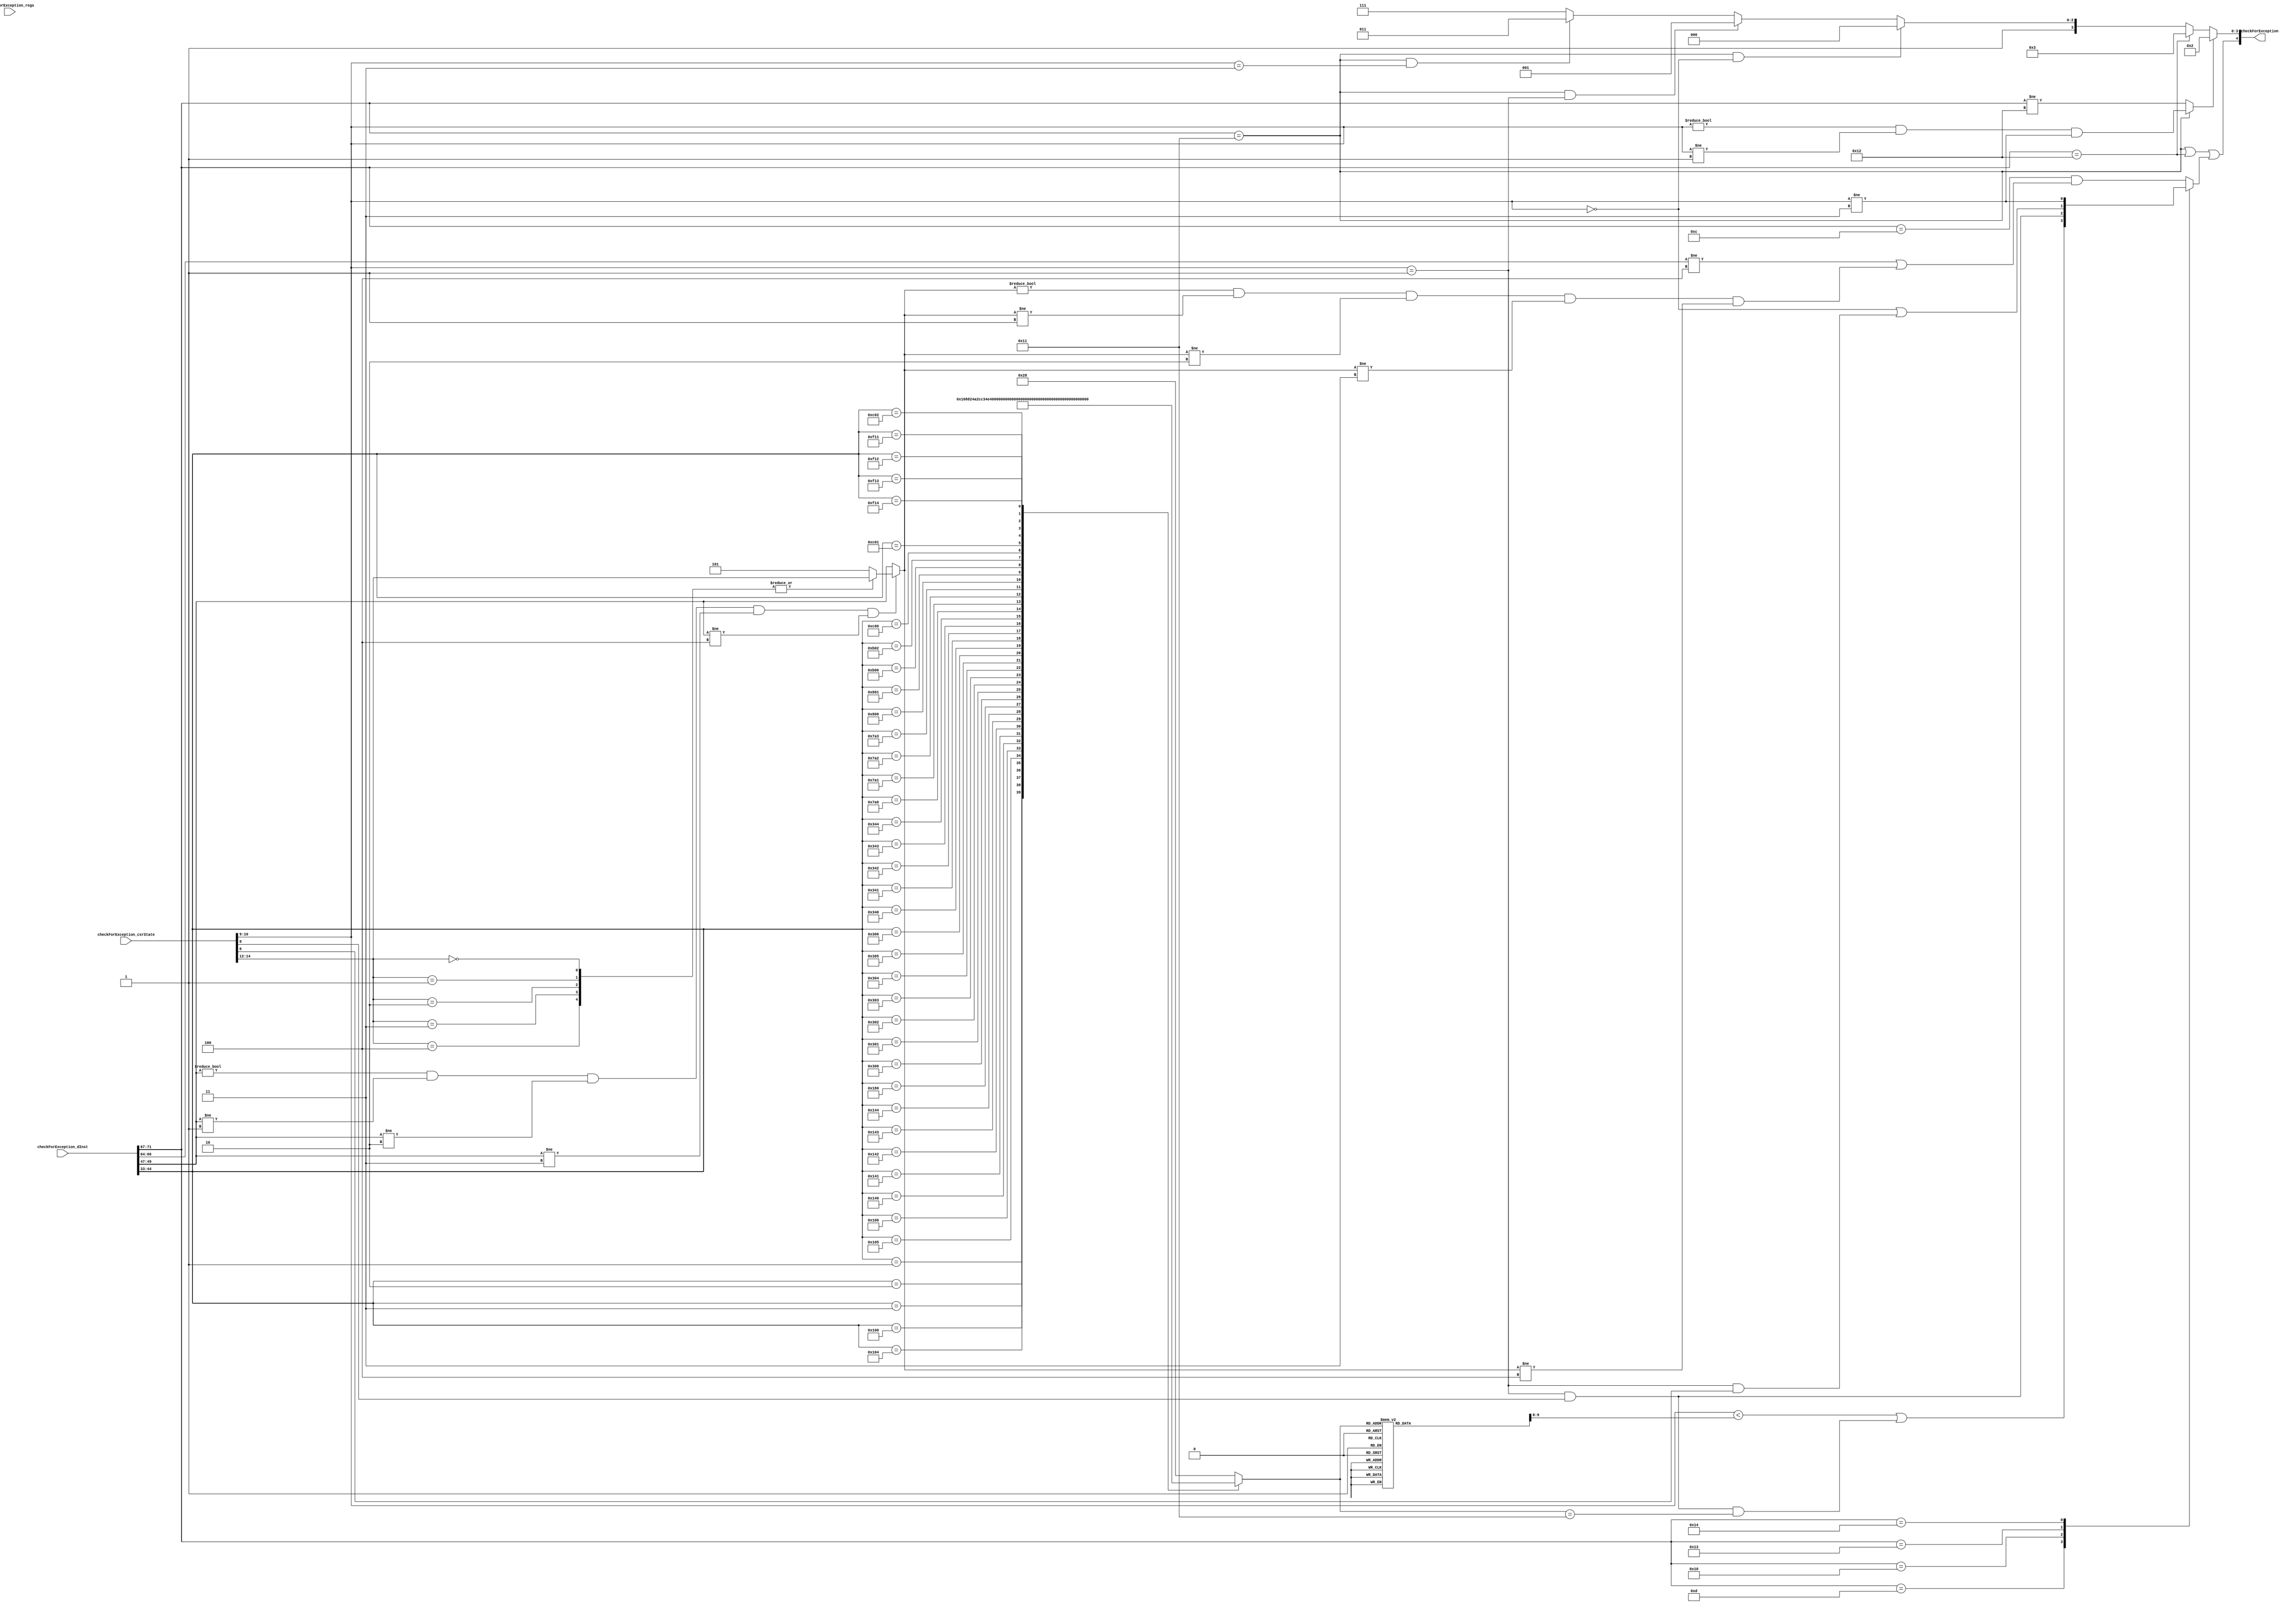
//
// Generated by Bluespec Compiler, version 2019.05.beta2 (build a88bf40db, 2019-05-24)
//
//
//
//
// Ports:
// Name                         I/O  size props
// checkForException              O     5
// checkForException_dInst        I    72
// checkForException_regs         I    27 unused
// checkForException_csrState     I    15
//
// Combinational paths from inputs to outputs:
//   (checkForException_dInst, checkForException_csrState) -> checkForException
//
//

`ifdef BSV_ASSIGNMENT_DELAY
`else
  `define BSV_ASSIGNMENT_DELAY
`endif

`ifdef BSV_POSITIVE_RESET
  `define BSV_RESET_VALUE 1'b1
  `define BSV_RESET_EDGE posedge
`else
  `define BSV_RESET_VALUE 1'b0
  `define BSV_RESET_EDGE negedge
`endif

module module_checkForException(checkForException_dInst,
				checkForException_regs,
				checkForException_csrState,
				checkForException);
  // value method checkForException
  input  [71 : 0] checkForException_dInst;
  input  [26 : 0] checkForException_regs;
  input  [14 : 0] checkForException_csrState;
  output [4 : 0] checkForException;

  // signals for module outputs
  wire [4 : 0] checkForException;

  // remaining internal signals
  reg [11 : 0] CASE_IF_checkForException_dInst_BIT_45_8_THEN__ETC__q2;
  reg [5 : 0] IF_checkForException_dInst_BIT_45_8_THEN_IF_ch_ETC___d100;
  reg [2 : 0] CASE_checkForException_csrState_BITS_14_TO_12__ETC__q1;
  reg IF_checkForException_dInst_BITS_71_TO_67_EQ_20_ETC___d235;
  wire [2 : 0] IF_NOT_checkForException_dInst_BITS_49_TO_47_8_ETC___d215;

  // value method checkForException
  assign checkForException =
	     { checkForException_dInst[71:67] == 5'd17 ||
	       checkForException_dInst[71:67] == 5'd18 ||
	       IF_checkForException_dInst_BITS_71_TO_67_EQ_20_ETC___d235,
	       ((checkForException_dInst[71:67] == 5'd17) ?
		  checkForException_csrState[10:9] != 2'd0 &&
		  checkForException_csrState[10:9] != 2'd1 &&
		  checkForException_csrState[10:9] != 2'd3 :
		  checkForException_dInst[71:67] != 5'd18) ?
		 4'd2 :
		 ((checkForException_dInst[71:67] == 5'd18) ?
		    4'd3 :
		    ((checkForException_dInst[71:67] == 5'd17 &&
		      checkForException_csrState[10:9] == 2'd0) ?
		       4'd8 :
		       ((checkForException_dInst[71:67] == 5'd17 &&
			 checkForException_csrState[10:9] == 2'd1) ?
			  4'd9 :
			  ((checkForException_dInst[71:67] == 5'd17 &&
			    checkForException_csrState[10:9] == 2'd3) ?
			     4'd11 :
			     4'd15)))) } ;

  // remaining internal signals
  assign IF_NOT_checkForException_dInst_BITS_49_TO_47_8_ETC___d215 =
	     (checkForException_dInst[49:47] != 3'd0 &&
	      checkForException_dInst[49:47] != 3'd1 &&
	      checkForException_dInst[49:47] != 3'd2 &&
	      checkForException_dInst[49:47] != 3'd3 &&
	      checkForException_dInst[49:47] != 3'd4) ?
	       CASE_checkForException_csrState_BITS_14_TO_12__ETC__q1 :
	       checkForException_dInst[49:47] ;
  always@(checkForException_dInst)
  begin
    case (checkForException_dInst[44:33])
      12'd1: IF_checkForException_dInst_BIT_45_8_THEN_IF_ch_ETC___d100 = 6'd0;
      12'd2: IF_checkForException_dInst_BIT_45_8_THEN_IF_ch_ETC___d100 = 6'd1;
      12'd3: IF_checkForException_dInst_BIT_45_8_THEN_IF_ch_ETC___d100 = 6'd2;
      12'd256:
	  IF_checkForException_dInst_BIT_45_8_THEN_IF_ch_ETC___d100 = 6'd8;
      12'd260:
	  IF_checkForException_dInst_BIT_45_8_THEN_IF_ch_ETC___d100 = 6'd9;
      12'd261:
	  IF_checkForException_dInst_BIT_45_8_THEN_IF_ch_ETC___d100 = 6'd10;
      12'd262:
	  IF_checkForException_dInst_BIT_45_8_THEN_IF_ch_ETC___d100 = 6'd11;
      12'd320:
	  IF_checkForException_dInst_BIT_45_8_THEN_IF_ch_ETC___d100 = 6'd12;
      12'd321:
	  IF_checkForException_dInst_BIT_45_8_THEN_IF_ch_ETC___d100 = 6'd13;
      12'd322:
	  IF_checkForException_dInst_BIT_45_8_THEN_IF_ch_ETC___d100 = 6'd14;
      12'd323:
	  IF_checkForException_dInst_BIT_45_8_THEN_IF_ch_ETC___d100 = 6'd15;
      12'd324:
	  IF_checkForException_dInst_BIT_45_8_THEN_IF_ch_ETC___d100 = 6'd16;
      12'd384:
	  IF_checkForException_dInst_BIT_45_8_THEN_IF_ch_ETC___d100 = 6'd17;
      12'd768:
	  IF_checkForException_dInst_BIT_45_8_THEN_IF_ch_ETC___d100 = 6'd18;
      12'd769:
	  IF_checkForException_dInst_BIT_45_8_THEN_IF_ch_ETC___d100 = 6'd19;
      12'd770:
	  IF_checkForException_dInst_BIT_45_8_THEN_IF_ch_ETC___d100 = 6'd20;
      12'd771:
	  IF_checkForException_dInst_BIT_45_8_THEN_IF_ch_ETC___d100 = 6'd21;
      12'd772:
	  IF_checkForException_dInst_BIT_45_8_THEN_IF_ch_ETC___d100 = 6'd22;
      12'd773:
	  IF_checkForException_dInst_BIT_45_8_THEN_IF_ch_ETC___d100 = 6'd23;
      12'd774:
	  IF_checkForException_dInst_BIT_45_8_THEN_IF_ch_ETC___d100 = 6'd24;
      12'd832:
	  IF_checkForException_dInst_BIT_45_8_THEN_IF_ch_ETC___d100 = 6'd25;
      12'd833:
	  IF_checkForException_dInst_BIT_45_8_THEN_IF_ch_ETC___d100 = 6'd26;
      12'd834:
	  IF_checkForException_dInst_BIT_45_8_THEN_IF_ch_ETC___d100 = 6'd27;
      12'd835:
	  IF_checkForException_dInst_BIT_45_8_THEN_IF_ch_ETC___d100 = 6'd28;
      12'd836:
	  IF_checkForException_dInst_BIT_45_8_THEN_IF_ch_ETC___d100 = 6'd29;
      12'd1952:
	  IF_checkForException_dInst_BIT_45_8_THEN_IF_ch_ETC___d100 = 6'd36;
      12'd1953:
	  IF_checkForException_dInst_BIT_45_8_THEN_IF_ch_ETC___d100 = 6'd37;
      12'd1954:
	  IF_checkForException_dInst_BIT_45_8_THEN_IF_ch_ETC___d100 = 6'd38;
      12'd1955:
	  IF_checkForException_dInst_BIT_45_8_THEN_IF_ch_ETC___d100 = 6'd39;
      12'd2048:
	  IF_checkForException_dInst_BIT_45_8_THEN_IF_ch_ETC___d100 = 6'd6;
      12'd2049:
	  IF_checkForException_dInst_BIT_45_8_THEN_IF_ch_ETC___d100 = 6'd7;
      12'd2816:
	  IF_checkForException_dInst_BIT_45_8_THEN_IF_ch_ETC___d100 = 6'd30;
      12'd2818:
	  IF_checkForException_dInst_BIT_45_8_THEN_IF_ch_ETC___d100 = 6'd31;
      12'd3072:
	  IF_checkForException_dInst_BIT_45_8_THEN_IF_ch_ETC___d100 = 6'd3;
      12'd3073:
	  IF_checkForException_dInst_BIT_45_8_THEN_IF_ch_ETC___d100 = 6'd4;
      12'd3074:
	  IF_checkForException_dInst_BIT_45_8_THEN_IF_ch_ETC___d100 = 6'd5;
      12'd3857:
	  IF_checkForException_dInst_BIT_45_8_THEN_IF_ch_ETC___d100 = 6'd32;
      12'd3858:
	  IF_checkForException_dInst_BIT_45_8_THEN_IF_ch_ETC___d100 = 6'd33;
      12'd3859:
	  IF_checkForException_dInst_BIT_45_8_THEN_IF_ch_ETC___d100 = 6'd34;
      12'd3860:
	  IF_checkForException_dInst_BIT_45_8_THEN_IF_ch_ETC___d100 = 6'd35;
      default: IF_checkForException_dInst_BIT_45_8_THEN_IF_ch_ETC___d100 =
		   6'd40;
    endcase
  end
  always@(checkForException_csrState)
  begin
    case (checkForException_csrState[14:12])
      3'd0, 3'd1, 3'd2, 3'd3, 3'd4:
	  CASE_checkForException_csrState_BITS_14_TO_12__ETC__q1 =
	      checkForException_csrState[14:12];
      default: CASE_checkForException_csrState_BITS_14_TO_12__ETC__q1 = 3'd5;
    endcase
  end
  always@(IF_checkForException_dInst_BIT_45_8_THEN_IF_ch_ETC___d100)
  begin
    case (IF_checkForException_dInst_BIT_45_8_THEN_IF_ch_ETC___d100)
      6'd0: CASE_IF_checkForException_dInst_BIT_45_8_THEN__ETC__q2 = 12'd1;
      6'd1: CASE_IF_checkForException_dInst_BIT_45_8_THEN__ETC__q2 = 12'd2;
      6'd2: CASE_IF_checkForException_dInst_BIT_45_8_THEN__ETC__q2 = 12'd3;
      6'd3: CASE_IF_checkForException_dInst_BIT_45_8_THEN__ETC__q2 = 12'd3072;
      6'd4: CASE_IF_checkForException_dInst_BIT_45_8_THEN__ETC__q2 = 12'd3073;
      6'd5: CASE_IF_checkForException_dInst_BIT_45_8_THEN__ETC__q2 = 12'd3074;
      6'd6: CASE_IF_checkForException_dInst_BIT_45_8_THEN__ETC__q2 = 12'd2048;
      6'd7: CASE_IF_checkForException_dInst_BIT_45_8_THEN__ETC__q2 = 12'd2049;
      6'd8: CASE_IF_checkForException_dInst_BIT_45_8_THEN__ETC__q2 = 12'd256;
      6'd9: CASE_IF_checkForException_dInst_BIT_45_8_THEN__ETC__q2 = 12'd260;
      6'd10: CASE_IF_checkForException_dInst_BIT_45_8_THEN__ETC__q2 = 12'd261;
      6'd11: CASE_IF_checkForException_dInst_BIT_45_8_THEN__ETC__q2 = 12'd262;
      6'd12: CASE_IF_checkForException_dInst_BIT_45_8_THEN__ETC__q2 = 12'd320;
      6'd13: CASE_IF_checkForException_dInst_BIT_45_8_THEN__ETC__q2 = 12'd321;
      6'd14: CASE_IF_checkForException_dInst_BIT_45_8_THEN__ETC__q2 = 12'd322;
      6'd15: CASE_IF_checkForException_dInst_BIT_45_8_THEN__ETC__q2 = 12'd323;
      6'd16: CASE_IF_checkForException_dInst_BIT_45_8_THEN__ETC__q2 = 12'd324;
      6'd17: CASE_IF_checkForException_dInst_BIT_45_8_THEN__ETC__q2 = 12'd384;
      6'd18: CASE_IF_checkForException_dInst_BIT_45_8_THEN__ETC__q2 = 12'd768;
      6'd19: CASE_IF_checkForException_dInst_BIT_45_8_THEN__ETC__q2 = 12'd769;
      6'd20: CASE_IF_checkForException_dInst_BIT_45_8_THEN__ETC__q2 = 12'd770;
      6'd21: CASE_IF_checkForException_dInst_BIT_45_8_THEN__ETC__q2 = 12'd771;
      6'd22: CASE_IF_checkForException_dInst_BIT_45_8_THEN__ETC__q2 = 12'd772;
      6'd23: CASE_IF_checkForException_dInst_BIT_45_8_THEN__ETC__q2 = 12'd773;
      6'd24: CASE_IF_checkForException_dInst_BIT_45_8_THEN__ETC__q2 = 12'd774;
      6'd25: CASE_IF_checkForException_dInst_BIT_45_8_THEN__ETC__q2 = 12'd832;
      6'd26: CASE_IF_checkForException_dInst_BIT_45_8_THEN__ETC__q2 = 12'd833;
      6'd27: CASE_IF_checkForException_dInst_BIT_45_8_THEN__ETC__q2 = 12'd834;
      6'd28: CASE_IF_checkForException_dInst_BIT_45_8_THEN__ETC__q2 = 12'd835;
      6'd29: CASE_IF_checkForException_dInst_BIT_45_8_THEN__ETC__q2 = 12'd836;
      6'd30:
	  CASE_IF_checkForException_dInst_BIT_45_8_THEN__ETC__q2 = 12'd2816;
      6'd31:
	  CASE_IF_checkForException_dInst_BIT_45_8_THEN__ETC__q2 = 12'd2818;
      6'd32:
	  CASE_IF_checkForException_dInst_BIT_45_8_THEN__ETC__q2 = 12'd3857;
      6'd33:
	  CASE_IF_checkForException_dInst_BIT_45_8_THEN__ETC__q2 = 12'd3858;
      6'd34:
	  CASE_IF_checkForException_dInst_BIT_45_8_THEN__ETC__q2 = 12'd3859;
      6'd35:
	  CASE_IF_checkForException_dInst_BIT_45_8_THEN__ETC__q2 = 12'd3860;
      6'd36:
	  CASE_IF_checkForException_dInst_BIT_45_8_THEN__ETC__q2 = 12'd1952;
      6'd37:
	  CASE_IF_checkForException_dInst_BIT_45_8_THEN__ETC__q2 = 12'd1953;
      6'd38:
	  CASE_IF_checkForException_dInst_BIT_45_8_THEN__ETC__q2 = 12'd1954;
      6'd39:
	  CASE_IF_checkForException_dInst_BIT_45_8_THEN__ETC__q2 = 12'd1955;
      default: CASE_IF_checkForException_dInst_BIT_45_8_THEN__ETC__q2 =
		   12'd2303;
    endcase
  end
  always@(checkForException_dInst or
	  IF_NOT_checkForException_dInst_BITS_49_TO_47_8_ETC___d215 or
	  checkForException_csrState or
	  CASE_IF_checkForException_dInst_BIT_45_8_THEN__ETC__q2 or
	  IF_checkForException_dInst_BIT_45_8_THEN_IF_ch_ETC___d100)
  begin
    case (checkForException_dInst[71:67])
      5'd13:
	  IF_checkForException_dInst_BITS_71_TO_67_EQ_20_ETC___d235 =
	      checkForException_csrState[10:9] <
	      CASE_IF_checkForException_dInst_BIT_45_8_THEN__ETC__q2[9:8] ||
	      checkForException_csrState[10:9] == 2'd1 &&
	      checkForException_csrState[8] &&
	      IF_checkForException_dInst_BIT_45_8_THEN_IF_ch_ETC___d100 ==
	      6'd17;
      5'd16:
	  IF_checkForException_dInst_BITS_71_TO_67_EQ_20_ETC___d235 =
	      checkForException_csrState[10:9] == 2'd1 &&
	      checkForException_csrState[8];
      5'd19:
	  IF_checkForException_dInst_BITS_71_TO_67_EQ_20_ETC___d235 =
	      checkForException_csrState[10:9] == 2'd0 ||
	      checkForException_csrState[10:9] == 2'd1 &&
	      checkForException_csrState[6];
      5'd20:
	  IF_checkForException_dInst_BITS_71_TO_67_EQ_20_ETC___d235 =
	      checkForException_csrState[10:9] != 2'd3;
      default: IF_checkForException_dInst_BITS_71_TO_67_EQ_20_ETC___d235 =
		   checkForException_dInst[71:67] == 5'd12 &&
		   (checkForException_dInst[66:64] != 3'd4 ||
		    IF_NOT_checkForException_dInst_BITS_49_TO_47_8_ETC___d215 !=
		    3'd0 &&
		    IF_NOT_checkForException_dInst_BITS_49_TO_47_8_ETC___d215 !=
		    3'd1 &&
		    IF_NOT_checkForException_dInst_BITS_49_TO_47_8_ETC___d215 !=
		    3'd2 &&
		    IF_NOT_checkForException_dInst_BITS_49_TO_47_8_ETC___d215 !=
		    3'd3 &&
		    IF_NOT_checkForException_dInst_BITS_49_TO_47_8_ETC___d215 !=
		    3'd4);
    endcase
  end
endmodule  // module_checkForException